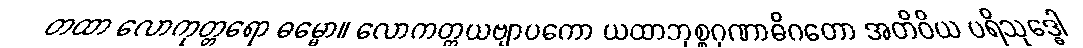
တထာ လောကုတ္တရော ဓမ္မော။ လောကတ္တယဗျာပကော ယထာဘုစ္စဂုဏာဓိဂတော အတိဝိယ ပရိသုဒ္ဓေါ